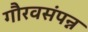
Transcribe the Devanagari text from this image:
गौरवसंपन्न